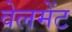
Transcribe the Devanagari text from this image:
वेलमेंट